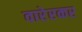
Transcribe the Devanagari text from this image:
वारेरकर